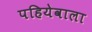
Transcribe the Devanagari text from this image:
पहियेवाला